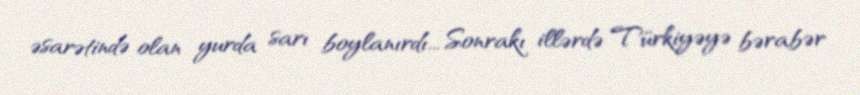
əsarətində olan yurda sarı boylanırdı... Sonrakı illərdə Türkiyəyə bərabər